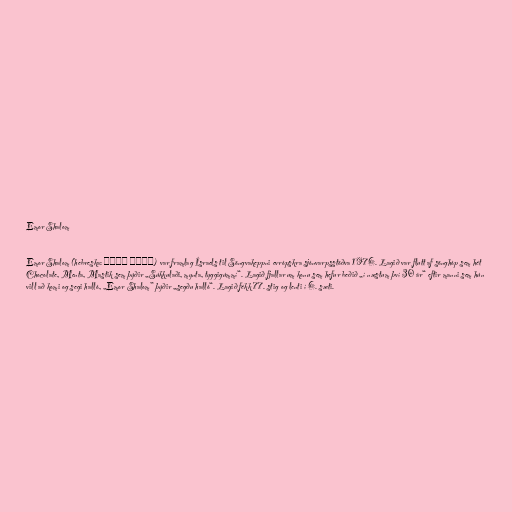
Emor Shalom

Emor Shalom (hebreska: אמור שלום) var framlag Ísraels til Söngvakeppni evrópskra sjónvarpsstöðva 1976. Lagið var flutt af sönghóp sem hét
Chocolate, Menta, Mastik sem þýðir „Súkkulaði, mynta, tyggigúmmí“. Lagið fjallar um konu sem hefur beðið „í næstum því 30 ár“ eftir manni sem hún
vill að komi og segi halló, „Emor Shalom” þýðir „segðu halló“. Lagið fékk 77. stig og lenti í 6. sæti.